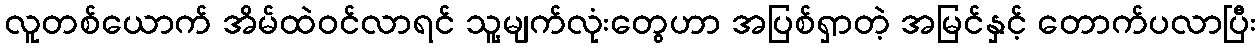
လူတစ်ယောက် အိမ်ထဲဝင်လာရင် သူ့မျက်လုံးတွေဟာ အပြစ်ရှာတဲ့ အမြင်နှင့် တောက်ပလာပြီး